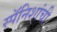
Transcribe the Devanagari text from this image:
स्पॅनिशांची